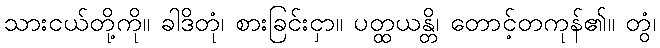
သားငယ်တို့ကို။ ခါဒိတုံ၊ စားခြင်းငှာ။ ပတ္ထယန္တိ၊ တောင့်တကုန်၏။ တွံ၊